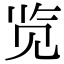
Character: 览